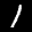
Label: 1